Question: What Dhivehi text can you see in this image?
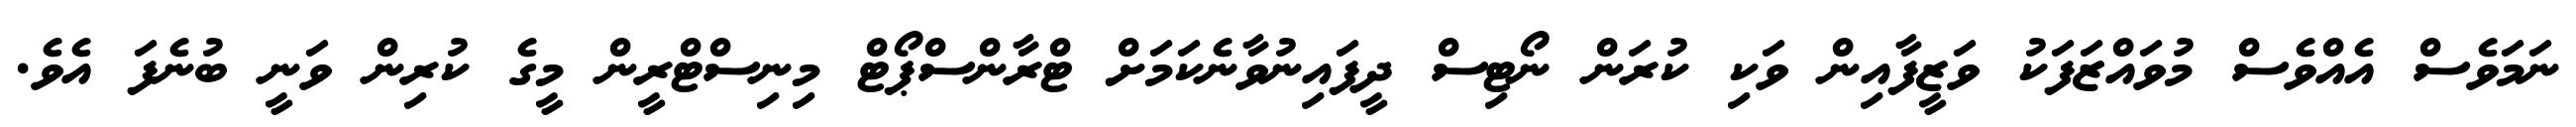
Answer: ނަމަވެސް އެއްވެސް މުވައްޒަފަކު ވަޒީފާއިން ވަކި ކުރަން ނޯޓިސް ދީފައިނުވާނެކަމަށް ޓްރާންސްޕޯޓް މިނިސްޓްރީން މީގެ ކުރިން ވަނީ ބުނެފަ އެވެ.